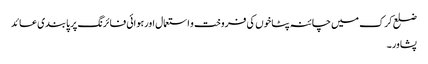
ضلع کرک میں چائنہ پٹاخوں کی فروخت و استعمال اورہوائی فائرنگ پر پابندی عائد
پشاور۔